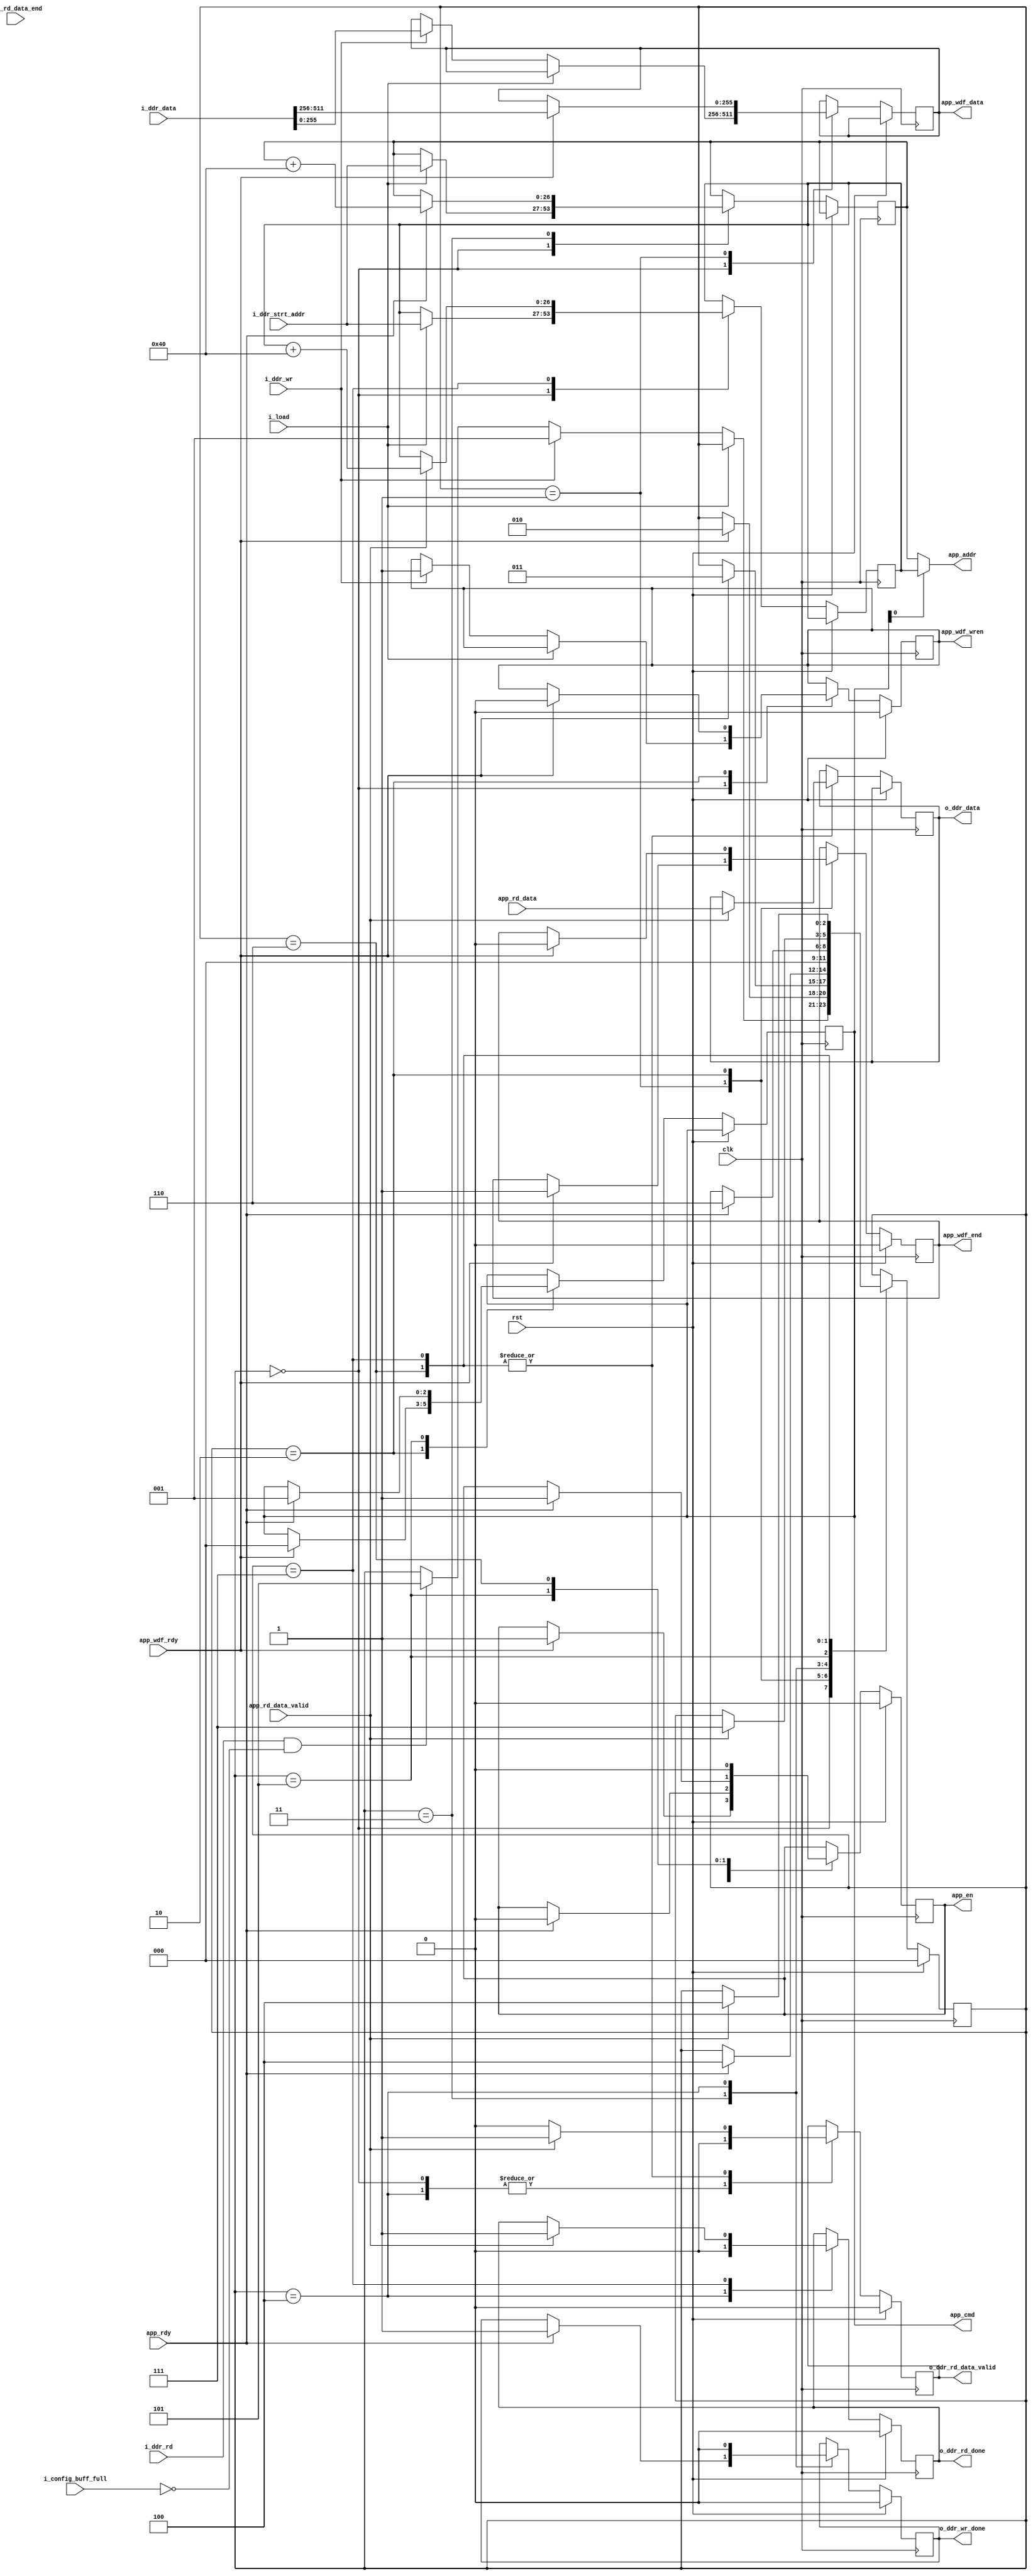
module ddr_controller(
output    reg             app_wdf_wren,
output    reg  [255:0]    app_wdf_data,
output    reg             app_wdf_end,
output    wire [26:0]     app_addr,
output    reg  [2:0]      app_cmd,
output    reg             app_en,
input                     app_rdy,
input                     app_wdf_rdy,
input          [255:0]    app_rd_data,
input                     app_rd_data_end,
input                     app_rd_data_valid,
input                     rst,
input                     clk,

input                     i_load,
input          [26:0]     i_ddr_strt_addr,
input          [511:0]    i_ddr_data,
input                     i_ddr_wr,
output    reg             o_ddr_wr_done,
input                     i_ddr_rd,
output    reg  [255:0]    o_ddr_data,
output    reg             o_ddr_rd_data_valid,
output    reg             o_ddr_rd_done,
input                     i_config_buff_full
);

reg [2:0]  state;
reg [26:0] ddr_wr_addr;
reg [26:0] ddr_rd_addr;
assign app_addr = app_cmd[0] ? ddr_rd_addr : ddr_wr_addr;

parameter idle      = 'd0,
          wr_data1  = 'd1,
          wr_data2  = 'd2,
		  wr_cmd    = 'd3,
		  wait1     = 'd4,
		  rd_cmd    = 'd5,
		  rd_data1  = 'd6,
		  rd_data2  = 'd7;

always @(posedge clk)
begin
    if(rst)
	begin
	    state         <= idle;
		o_ddr_wr_done <= 1'b0;
		app_wdf_wren  <= 1'b0;
		app_wdf_end   <= 1'b0;
		app_en        <= 1'b0;
		o_ddr_rd_done <= 1'b0;
		o_ddr_rd_data_valid <= 1'b0;
	end
	else
	begin
	    case(state)
		    idle:begin
			    o_ddr_rd_data_valid <= 1'b0;
				if(i_load)
				begin
				   ddr_rd_addr <= i_ddr_strt_addr;
					ddr_wr_addr <= i_ddr_strt_addr;
				end
			    else if(i_ddr_wr)
				begin
				   state        <= wr_data1;
					app_wdf_wren <= 1'b1;
					app_wdf_data <= i_ddr_data[255:0];
				end
				else if(i_ddr_rd & ~i_config_buff_full)
				begin
				   state <= rd_cmd;
				end
			end
			wr_data1:begin
			    if(app_wdf_rdy)
				begin
				    app_wdf_data <= i_ddr_data[511:256];    
					state        <= wr_data2;
					app_wdf_end  <= 1'b1;
				end
			end
			wr_data2:begin
				if(app_wdf_rdy)
				begin
				    app_wdf_wren <= 1'b0;
					app_wdf_end  <= 1'b0;
					state        <= wr_cmd;
					app_en       <= 1'b1;
					app_cmd      <= 3'b000;
				end	
			end
			wr_cmd:begin
			    if(app_rdy)
				begin
				    app_en        <= 1'b0;
					o_ddr_wr_done <= 1'b1;
					state         <= wait1;
					ddr_wr_addr   <= ddr_wr_addr + 64;
				end
			end
			wait1:begin
				state         <= idle;
				o_ddr_wr_done <= 1'b0;
				o_ddr_rd_done <= 1'b0;	
				o_ddr_rd_data_valid <= 1'b0;
			end
			rd_cmd:begin
			    if(app_rdy)
				begin
				    app_en        <= 1'b1;
					app_cmd       <= 3'b001;
					state         <= rd_data1;
				end
			end
			rd_data1:begin
			    app_en        <= 1'b0;
				if(app_rd_data_valid)
				begin
				    o_ddr_data            <= app_rd_data;
					state                 <= rd_data2;
					o_ddr_rd_data_valid   <= 1'b1;
				end
				else
				    o_ddr_rd_data_valid   <= 1'b0;
			end
			rd_data2:begin
				if(app_rd_data_valid)
				begin
				    o_ddr_data            <= app_rd_data;
					state                 <= wait1;
					o_ddr_rd_done         <= 1'b1;
					o_ddr_rd_data_valid   <= 1'b1;
					ddr_rd_addr <= ddr_rd_addr + 64;
				end
				else
				    o_ddr_rd_data_valid   <= 1'b0;
			end
		endcase
	end
end

endmodule